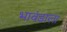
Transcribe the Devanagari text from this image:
भावंडाला